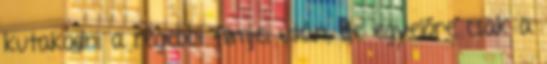
kutakodni a régebbi filmjei után, de egyelőre csak a